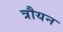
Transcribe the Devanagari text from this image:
त्रौयन